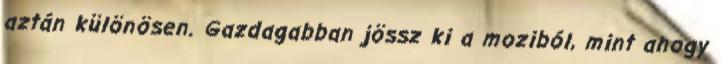
aztán különösen. Gazdagabban jössz ki a moziból, mint ahogy